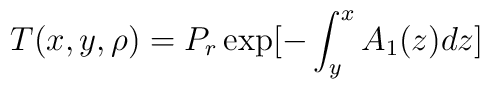
T(x,y,\rho) = P_r \exp [- \int_{y}^{x} A_1(z) dz]